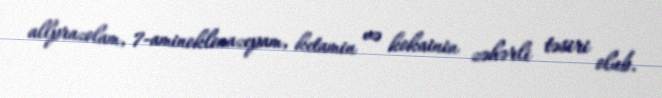
allprazolam, 7-aminoklonazepam, ketamin və kokainin zəhərli təsiri olub.